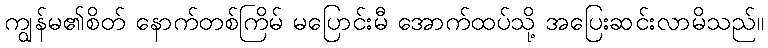
ကျွန်မ၏စိတ် နောက်တစ်ကြိမ် မပြောင်းမီ အောက်ထပ်သို့ အပြေးဆင်းလာမိသည်။